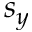
s _ { y }